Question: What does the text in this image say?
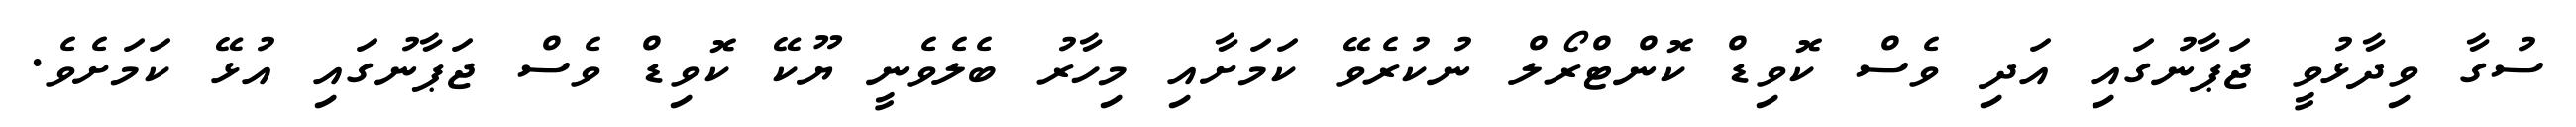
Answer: ސުގާ ވިދާޅުވީ ޖަޕާނުގައި އަދި ވެސް ކޮވިޑް ކޮންޓްރޯލް ނުކުރެވޭ ކަމަށާއި މިހާރު ބެލެވެނީ ޔޫކޭ ކޮވިޑް ވެސް ޖަޕާނުގައި އުޅޭ ކަމަށެވެ.